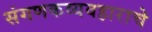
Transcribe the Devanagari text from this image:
संगणकव्यवहाराचे